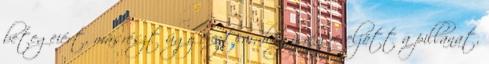
betegeiért, másrészt úgy éreztem, hogy végre eljött a pillanat,